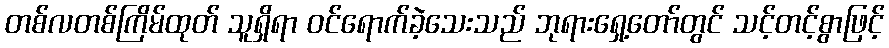
တစ်လတစ်ကြိမ်ထုတ် သူရှိရာ ဝင်ရောက်ခဲ့သေးသည် ဘုရားရှေ့တော်တွင် သင့်တင့်စွာဖြင့်